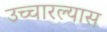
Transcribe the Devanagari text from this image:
उच्चारल्यास